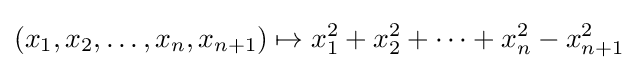
(x_{1},x_{2},\ldots ,x_{n},x_{n+1})\mapsto x_{1}^{2}+x_{2}^{2}+\cdots +x_{n}^{2}-x_{n+1}^{2}